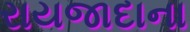
રાયજાદાના